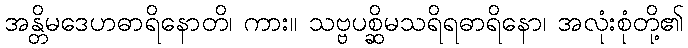
အန္တိမဒေဟဓာရိနောတိ၊ ကား။ သဗ္ဗပစ္ဆိမသရိရဓာရိနော၊ အလုံးစုံတို့၏